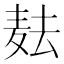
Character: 𱋋